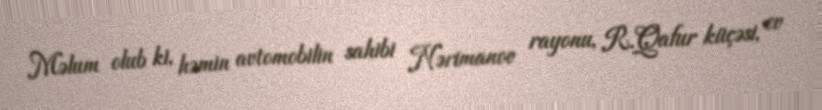
Məlum olub ki, həmin avtomobilin sahibi Nərimanov rayonu, R.Qafur küçəsi, ev